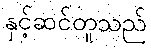
နှင့်ဆင်တူသည်